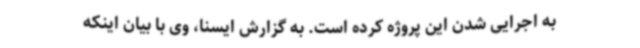
به اجرایی شدن این پروژه کرده است. به گزارش ایسنا، وی با بیان اینکه